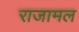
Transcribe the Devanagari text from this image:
राजामल